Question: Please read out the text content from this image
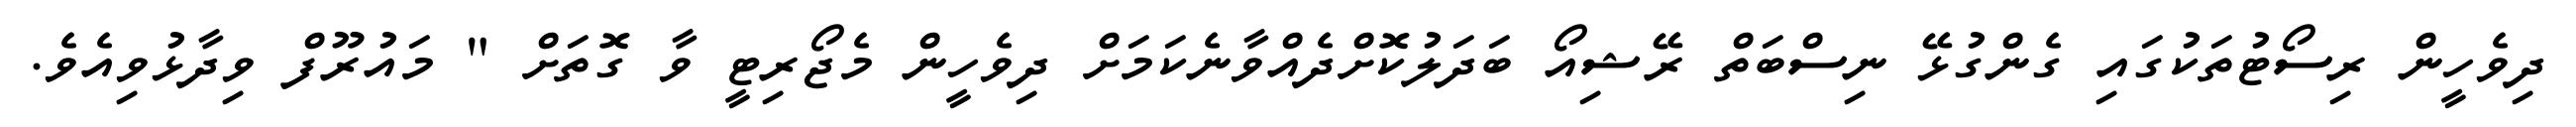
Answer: ދިވެހީން ރިސޯޓުތަކުގައި ގެންގުޅޭ ނިސްބަތް ރޭޝިއޯ ބަދަލުކޮށްދެއްވާނެކަމަށް ދިވެހީން މެޖޯރިޓީ ވާ ގޮތަށް " މައުރޫފް ވިދާޅުވިއެވެ.